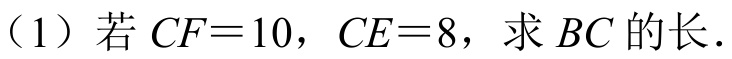
（1）若$CF = 10$，$CE = 8$，求$BC$的长.